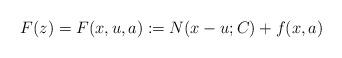
LaTeX: \begin{align*}F(z)=F(x,u,a):=N(x-u;C)+f(x,a)\end{align*}